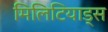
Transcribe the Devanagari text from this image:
मिलिटियाड्स